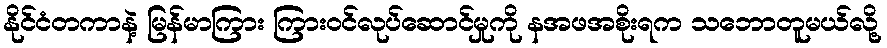
နိုင်ငံတကာနဲ့ မြန်မာကြား ကြားဝင်လုပ်ဆောင်မှုကို နအဖအစိုးရက သဘောတူမယ်လို့